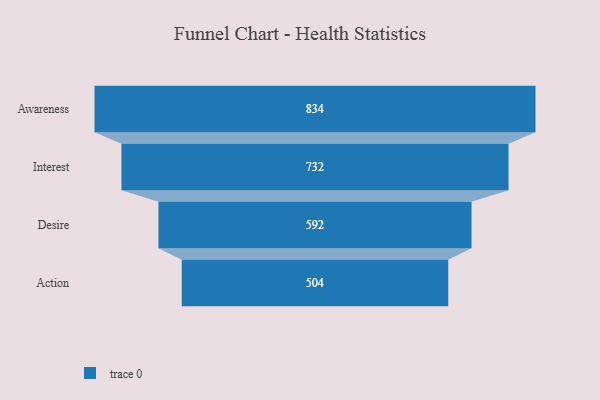
{"axis": {"x": "Stage", "y": "Value"}, "legend": [""], "data": [{"x": "Awareness", "y": 834.0, "type": ""}, {"x": "Interest", "y": 732.0, "type": ""}, {"x": "Desire", "y": 592.0, "type": ""}, {"x": "Action", "y": 504.0, "type": ""}]}